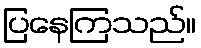
ပြနေကြသည်။